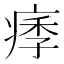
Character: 痵